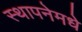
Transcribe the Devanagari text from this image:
स्थापनेमधे